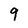
Character: 9